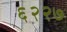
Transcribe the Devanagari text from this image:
६२२७